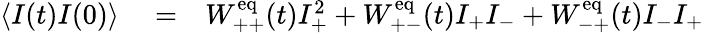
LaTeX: \begin{array}{rlr}{\langle I(t)I(0)\rangle}&{{}=}&{W_{++}^{\mathrm{eq}}(t)I_{+}^{2}+W_{+-}^{\mathrm{eq}}(t)I_{+}I_{-}+W_{-+}^{\mathrm{eq}}(t)I_{-}I_{+}}\end{array}